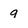
Character: 9